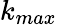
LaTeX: k_{max}